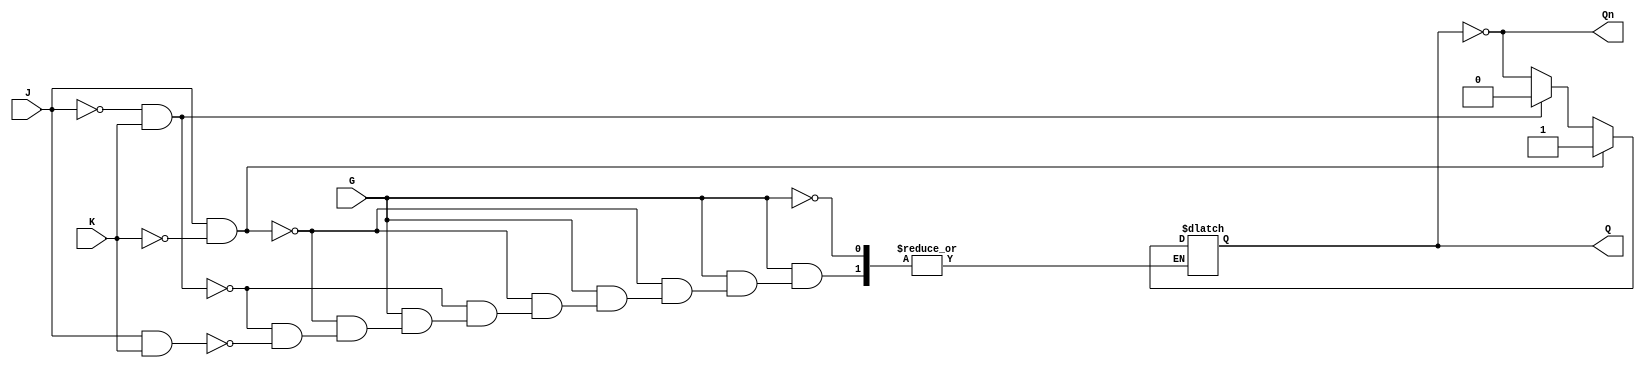
module GatedJKLatch (
    input wire J,      // Set input
    input wire K,      // Reset input
    input wire G,      // Enable input
    output reg Q,      // Main output
    output wire Qn     // Complementary output
);

    // Complementary output
    assign Qn = ~Q;

    always @(*) begin
        if (G) begin
            if (J && ~K) begin
                Q = 1'b1;  // Set
            end else if (~J && K) begin
                Q = 1'b0;  // Reset
            end else if (J && K) begin
                Q = ~Q;    // Toggle
            end else begin
                Q = Q;     // Hold
            end
        end
        // If G is low, maintain the current state of Q
    end

endmodule